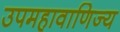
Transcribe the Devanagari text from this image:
उपमहावाणिज्य